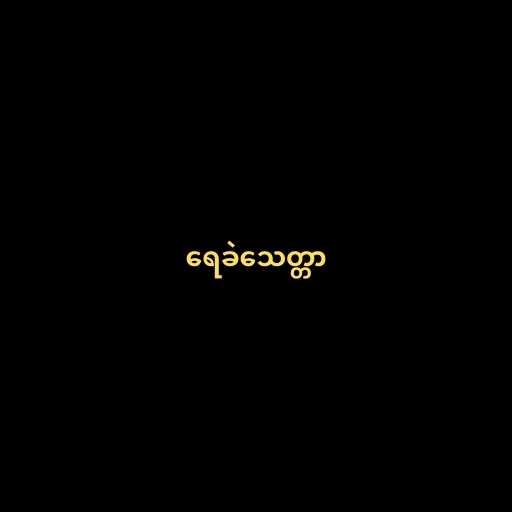
ရေခဲသေတ္တာ